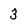
Character: 3